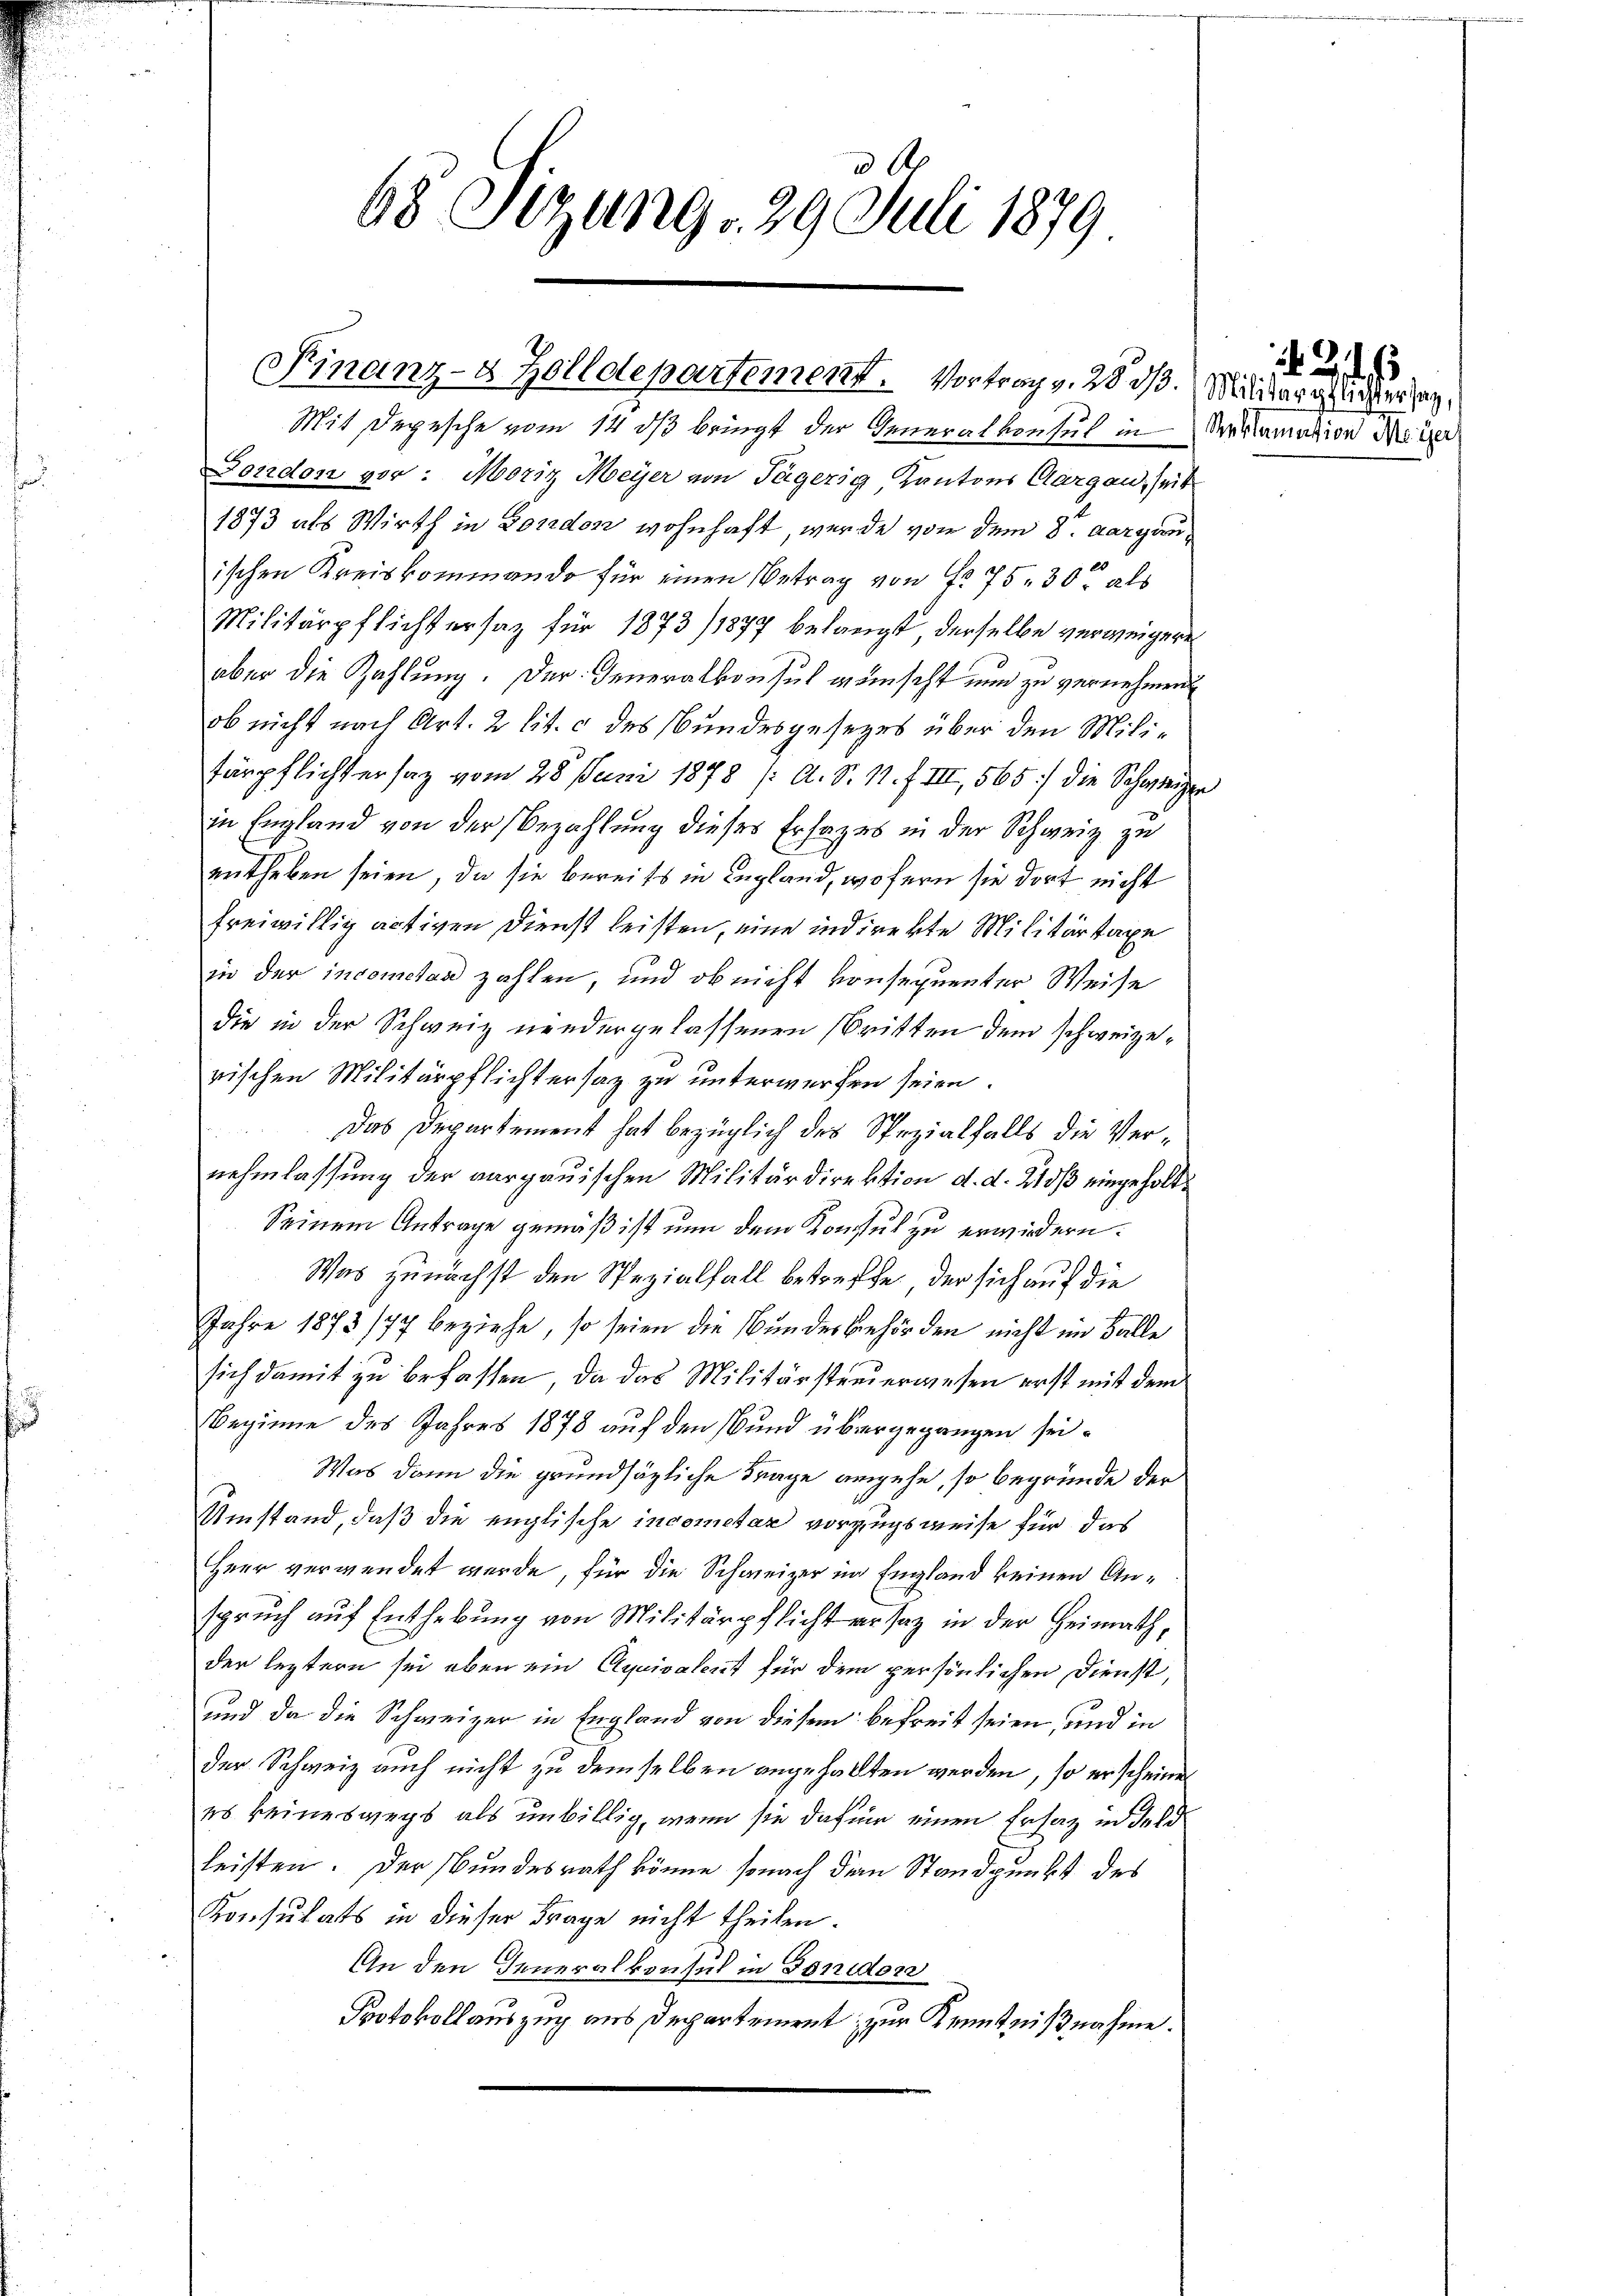
68 Sizung 29. Juli 1879

Finanz-8 Zolldepartement. Vortrag v. 28 d. Militarglicher sag

Mit Depesche vom 14. ds bringt der Generalkonsul in Verlamation dein
Dondon vor: Moriz Meyer von Tägerig Kantons Aargau, seit
1873 als Wirth in Bondon wohnhaft, wurde von dem 8. Aargau¬
20
ischen Kreiskommando für einen Betrag von fr. 75. 30. als
Militärpflichtersatz für 1873/1877 belangt, derselbe verweigere
aber die Zahlung. Der Generalkonsul wünscht nun zu vernehmen
ob nicht nach Art. 2 lit. c des Bundesgesezes über den Militärpflichtersaz vom 28. Juni 1878 /: A. S. 11. f. III, 565 die Schweizer
in England von der Bezahlung dieses Erhages in der Schweiz zu
entheben seien, da sie bereits in England, wofern sie dort nicht
freiwillig activen Dienst leisten, eine indirekte Militärtage
in der incometan zahlen, und ob nicht vonsequenter Weise
die in der Schweiz niedergelassenen Britten dem schweizerischen Militärpflichtersatz zu unterwerfen seien.
Das Departement hat bezüglich des Spezialfalls die Vernehmlassung der aargauischen Militärdirektion d. d. 25 eingeholt
Seinem Antrage gemäß ist nun dem Konsul zu erwiedern.
Was zunächst den Spezialfall betreffe, der sich auf die
Jahre 1873/77 beziehe, so seien die Bundesbehörden nicht im Falle
sich damit zu befassen, da das Militärsteuerwesen erst mit dem
Beginne des Jahres 1878 auf den und übergegangen sei.
Was dann die grundsätzliche Frage angehe, so begründe der
Umstand, daß die englische incometar vorzugsweise für das
Heer verwendet werde, für die Schweizer im England keinen Anspruch auf Enthebung von Militärpflicht er sag in der Heimathder leztern sei eben ein Äquivalent für dem persönlichen Dienst,
und da die Schweizer in England von diesem befreit seien, und in
der Schweiz auch nicht zu demselben angehalten werden, so erscheinen
es keineswegs als unbillig, wenn sie dafür einen Ersatz in Feld
leisten. Der Bundesrath könne sonach dem Standpunkt des
Konsulats in dieser Frage nicht theilen.
An den Generalkonsul in Gonidor
Protokollauszug aus Departement zur Kenntnißnahme.